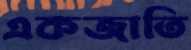
একজাতি